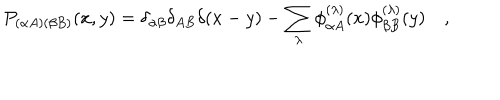
LaTeX: P _ { ( \alpha A ) ( \beta B ) } ( x , y ) = \delta _ { \alpha \beta } \delta _ { A B } \delta ( x - y ) - \sum _ { \lambda } \phi _ { \alpha A } ^ { ( \lambda ) } ( x ) \phi _ { \beta B } ^ { ( \lambda ) } ( y ) \quad ,